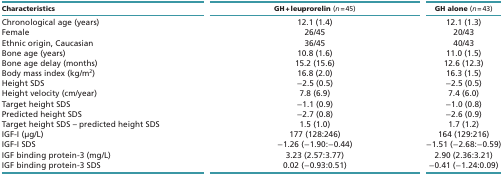
| Characteristics | GH + leuprorelin (n = 45) | GH alone (n = 43) |
 | --- | --- | --- |
 | Chronological age (years) | 12.1 (1.4) | 12.1 (1.3) |
 | Female | 26/45 | 20/43 |
 | Ethnic origin, Caucasian | 36/45 | 40/43 |
 | Bone age (years) | 10.8 (1.6) | 11.0 (1.5) |
 | Bone age delay (months) | 15.2 (15.6) | 12.6 (12.3) |
 | Body mass index (kg/m2) | 16.8 (2.0) | 16.3 (1.5) |
 | Height SDS | −2.5 (0.5) | −2.5 (0.5) |
 | Height velocity (cm/year) | 7.8 (6.9) | 7.4 (6.0) |
 | Target height SDS | −1.1 (0.9) | −1.0 (0.8) |
 | Predicted height SDS | −2.7 (0.8) | −2.6 (0.9) |
 | Target height SDS – predicted height SDS | 1.5 (1.0) | 1.7 (1.2) |
 | IGF-I (μg/L) | 177 (128:246) | 164 (129:216) |
 | IGF-I SDS | −1.26 (−1.90:−0.44) | −1.51 (−2.68:−0.59) |
 | IGF binding protein-3 (mg/L) | 3.23 (2.57:3.77) | 2.90 (2.36:3.21) |
 | IGF binding protein-3 SDS | 0.02 (−0.93:0.51) | −0.41 (−1.24:0.09) |